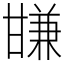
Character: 㽐